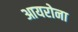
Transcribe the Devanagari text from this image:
आयरोना